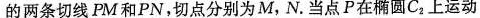
的两条切线PM和PN，切点分别为M，N.当点P在椭圆C_{2}上运动